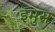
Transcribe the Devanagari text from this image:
इमुस